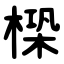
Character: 㮪